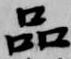
品